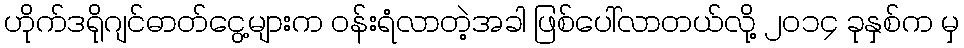
ဟိုက်ဒရိုဂျင်ဓာတ်ငွေ့များက ဝန်းရံလာတဲ့အခါ ဖြစ်ပေါ်လာတယ်လို့ ၂၀၁၄ ခုနှစ်က မှ